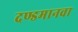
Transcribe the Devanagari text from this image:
दण्डमानवा